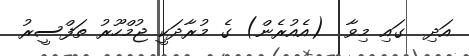
އަދި  ގައި މިވާ  (އެއުރެން) ގެ މުރާދަކީ ޖުމްހޫރު ތަފްސީރު